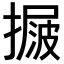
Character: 𢳲